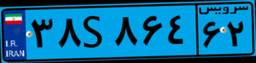
۳۸S۸۶۴۶۲